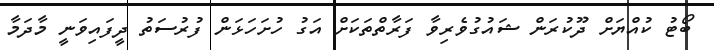
ބޯޓު ކުއްޔަށް ދޫކުރަން ޝައުގުވެރިވާ ފަރާތްތަކަށް އަގު ހުށަހަޅަން ފުރުސަތު ދީފައިވަނީ މާދަމާ